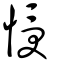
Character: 㥅